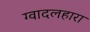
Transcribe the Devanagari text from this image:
ग्वादलहारा